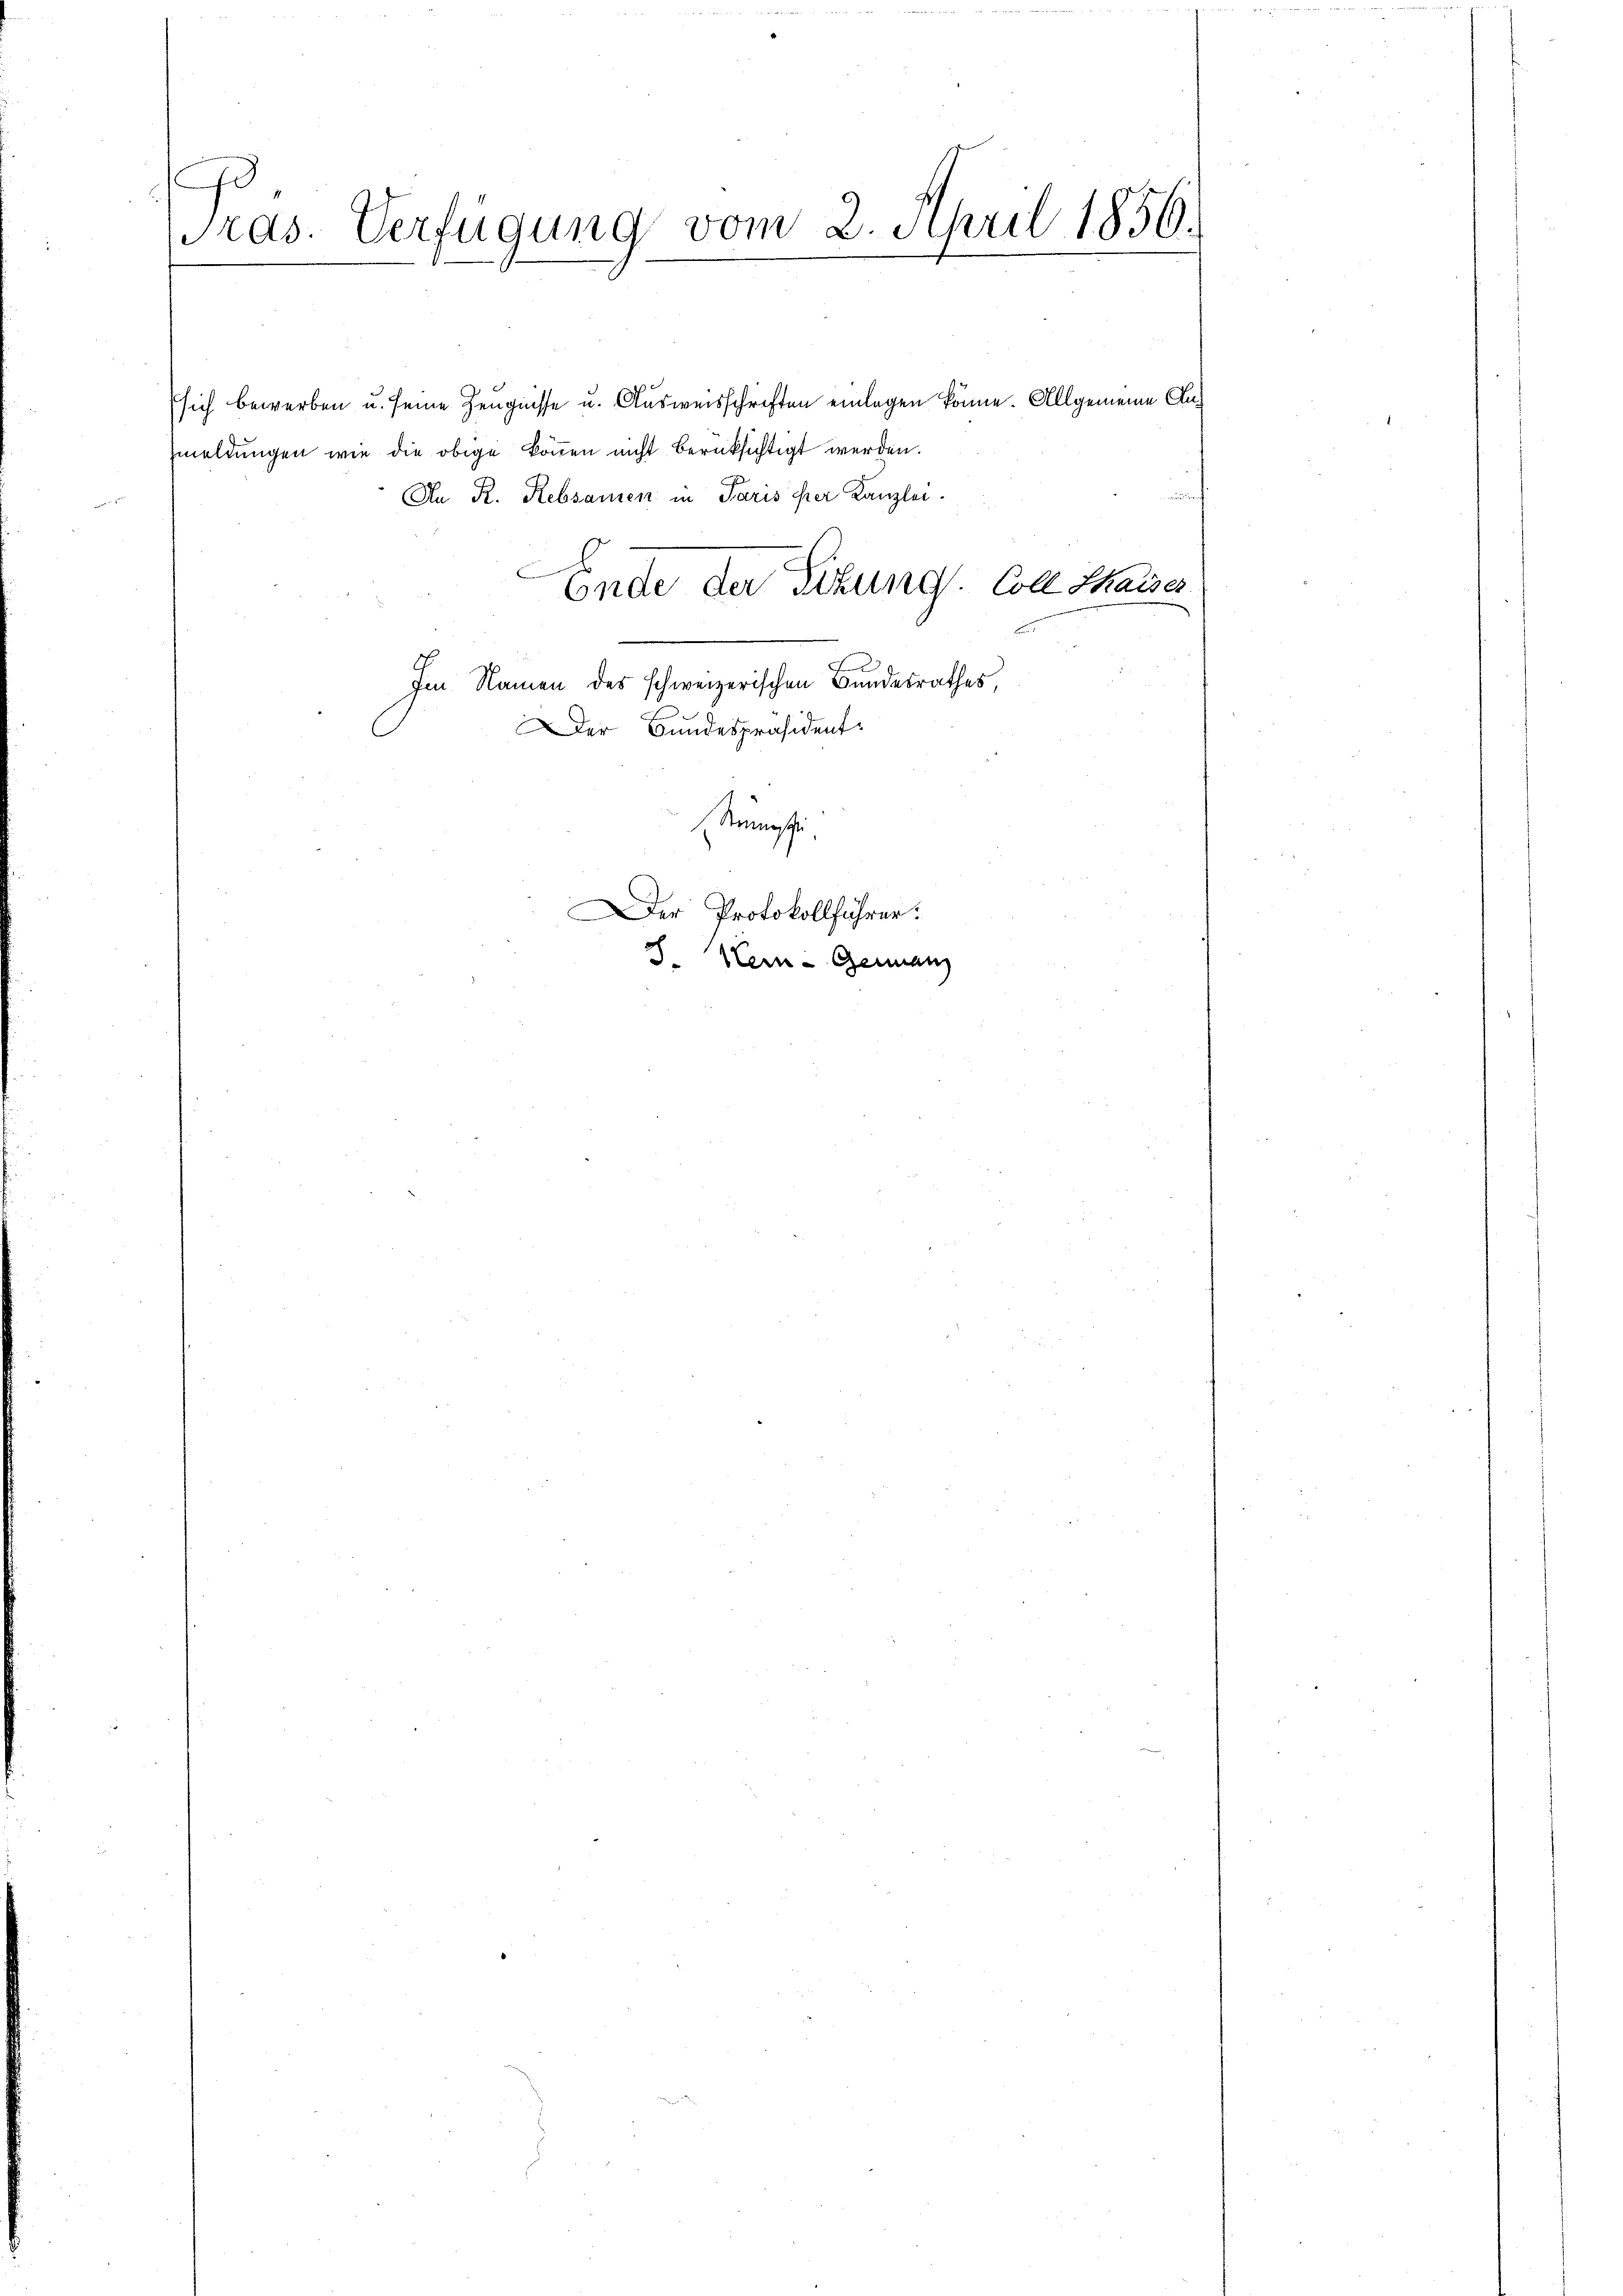
Pras. Verfügung vom 2. April 1856.

sich bewerben u. seine Zeugnisse u. Ausweisschriften einlagen könne. Allgemeine Clameldungen wie die obige können nicht berüksichtigt werden.
An R. Rebsamen in Paris per Kanzlei-
Ende der Sitzung. Colle Chaises
Im Namen des schweizerischen Bundesrathes,
Der Bundespräsident
Stammeste
Der Protokollführer:
S. Kein - Genanz